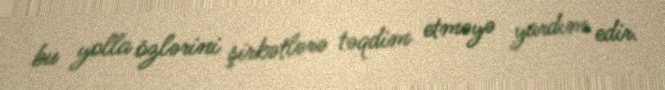
bu yolla özlərini şirkətlərə təqdim etməyə yardım edir.